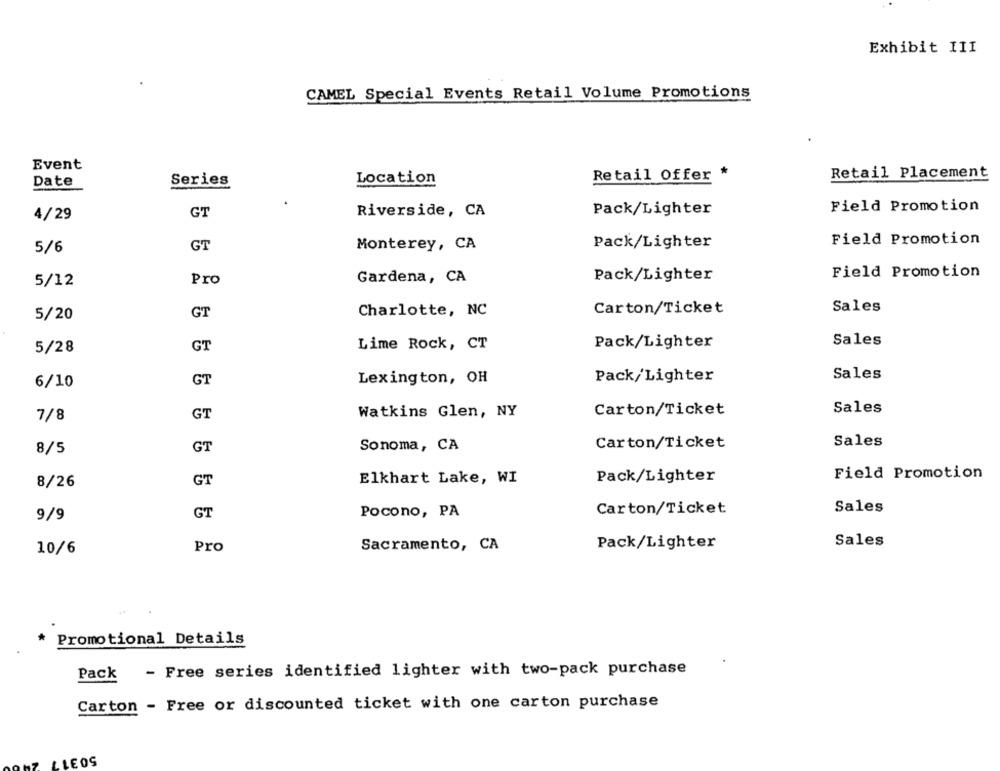
Exhibit III
CAMEL Special Events Retail Volume Promotions
Event
Retail Offer *
Retail Placement
Date
Series
Location
Field Promotion
4/29
GT
Riverside, CA
Pack/Lighter
GT
Monterey, CA
Pack/Lighter
Field Promotion
5/6
Pack/Lighter
Field Promotion
5/12
Pro
Gardena, CA
Carton/Ticket
Sales
5/20
GT
Charlotte, NC
GT
Lime Rock, CT
Pack/Lighter
Sales
5/28
Pack/Lighter
Sales
6/10
GT
Lexington, OH
GT
Watkins Glen, NY
Carton/Ticket
Sales
7/8
GT
Sonoma, CA
Carton/Ticket
Sales
8/5
Pack/Lighter
Field Promotion
8/26
GT
Elkhart Lake, WI
Sales
GT
Pocono, PA
Carton/Ticket
9/9
Pro
Sacramento, CA
Pack/Lighter
Sales
10/6
Promotional Details
Pack - Free series identified lighter with two-pack purchase
Carton - Free or discounted ticket with one carton purchase
50317